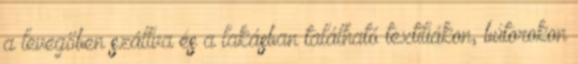
a levegőben szállva és a lakásban található textíliákon, bútorokon